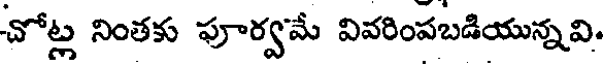
చోట్ల నింతకు పూర్వమే వివరింపబడియున్నవి.